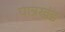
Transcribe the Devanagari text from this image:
पात्रखंड